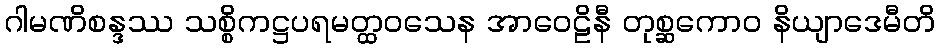
ဂါမဏိစန္ဒဿ သစ္စိကဋ္ဌပရမတ္ထဝသေန အာဝေဠိနီ တုစ္ဆကောဝ နိယျာဒေမီတိ